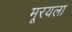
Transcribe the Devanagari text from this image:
मूरयला